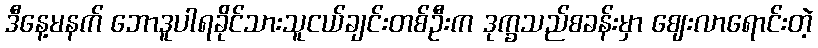
ဒီနေ့မနက် ဘောဒူပါရခိုင်သားသူငယ်ချင်းတစ်ဦးက ဒုက္ခသည်စခန်းမှာ ဈေးလာရောင်းတဲ့